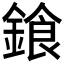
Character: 𨩭